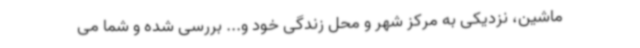
ماشین، نزدیکی به مرکز شهر و محل زندگی خود و... بررسی شده و شما می